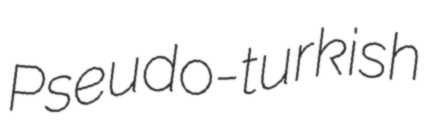
Pseudo-turkish